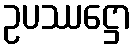
ဥပဿဋ္ဌော